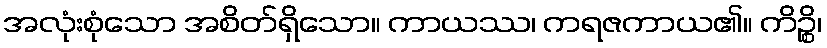
အလုံးစုံသော အစိတ်ရှိသော။ ကာယဿ၊ ကရဇကာယ၏။ ကိဉ္စိ၊